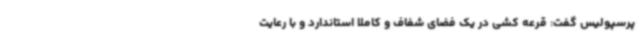
پرسپولیس گفت: قرعه کشی در یک فضای شفاف و کاملا استاندارد و با رعایت